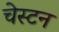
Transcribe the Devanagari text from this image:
चेस्टन